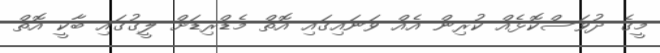
މީގެ ދުވަސްކޮޅެއް ކުރިން އެއް ވަނައިގައި އޮތް މެޑްރިޑަށް ލީގުގައި ބާކީ އޮތް